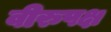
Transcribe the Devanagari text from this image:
वीरुपक्ष